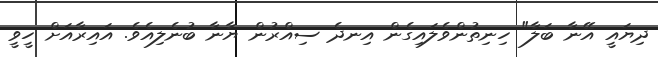
ދިޔައީ އޭނާ ބަލާ" ހިނިތުންވެލައިގެން އިނދެ ސިއްރުން ޔާނާ ބުނެލިއެވެ. އައިރާއަށް ހީވީ